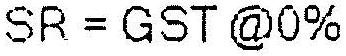
SR = GST @0%